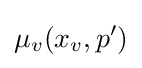
\mu _{v}(x_{v},p')